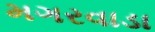
મગરવાડા